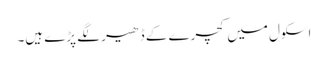
اسکول میں کچرے کے ڈھیر لگے پڑے ہیں۔